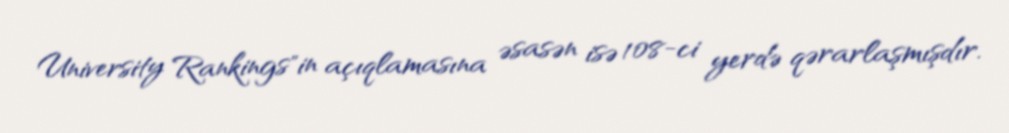
University Rankings"in açıqlamasına əsasən isə 108-ci yerdə qərarlaşmışdır.